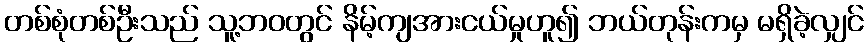
တစ်စုံတစ်ဦးသည် သူ့ဘဝတွင် နိမ့်ကျအားငယ်မှုဟူ၍ ဘယ်တုန်းကမှ မရှိခဲ့လျှင်